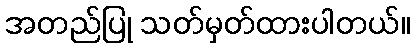
အတည်ပြု သတ်မှတ်ထားပါတယ်။